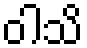
ဝါသိ